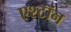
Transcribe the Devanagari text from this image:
एश्टॉन